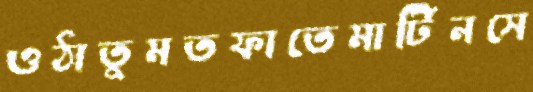
ওঠাতুমতফাতেমার্টিনসে